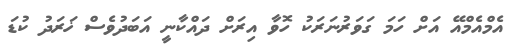
އެމްއެމްއޭ އަށް ހަމަ ގަވަރުނަރަކު ހޮވާ އިރަށް ދައްކާނީ އަބަދުވެސް ޚަރަދު ކުޑަ